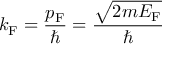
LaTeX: k _ { \mathrm { { F } } } = { \frac { p _ { \mathrm { { F } } } } { \hbar } } = { \frac { \sqrt { 2 m E _ { \mathrm { { F } } } } } { \hbar } }